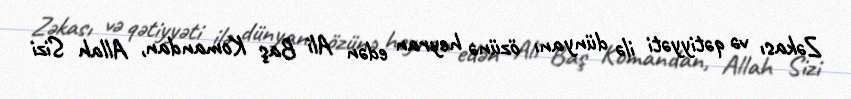
Zəkası və qətiyyəti ilə dünyanı özünə heyran edən Ali Baş Komandan, Allah Sizi